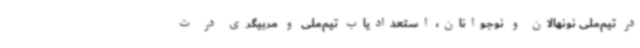
در تیم‌ملی نونهالان و نوجوانان، استعدادیاب تیم‌ملی و مربیگری در ت